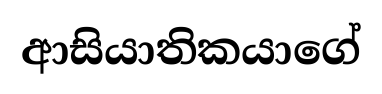
ආසියාතිකයාගේ